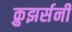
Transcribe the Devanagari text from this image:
क्रुझर्सनी